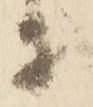
等